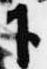
下